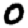
Digit: 0